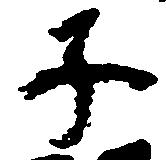
子